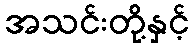
အသင်းတို့နှင့်